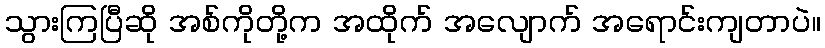
သွားကြပြီဆို အစ်ကိုတို့က အထိုက် အလျောက် အရောင်းကျတာပဲ။